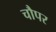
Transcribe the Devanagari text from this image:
चौपर